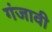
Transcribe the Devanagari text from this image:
गंजावी